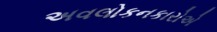
અવલોકનકારોએ